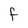
Character: f